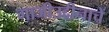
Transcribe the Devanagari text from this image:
गाजीउद्दीनाचें